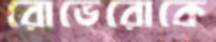
রোভেরোকে